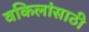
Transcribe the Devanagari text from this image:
वकिलांसाठी